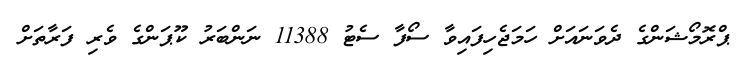
ޕްރޮމޯޝަންގެ ދެވަނައަށް ހަމަޖެހިފައިވާ ސޯފާ ސެޓު 11388 ނަންބަރު ކޫޕަންގެ ވެރި ފަރާތަށް